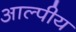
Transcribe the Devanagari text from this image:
आल्पीय